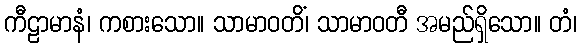
ကီဠာမာနံ၊ ကစားသော။ သာမာဝတိံ၊ သာမာဝတီ အမည်ရှိသော။ တံ၊